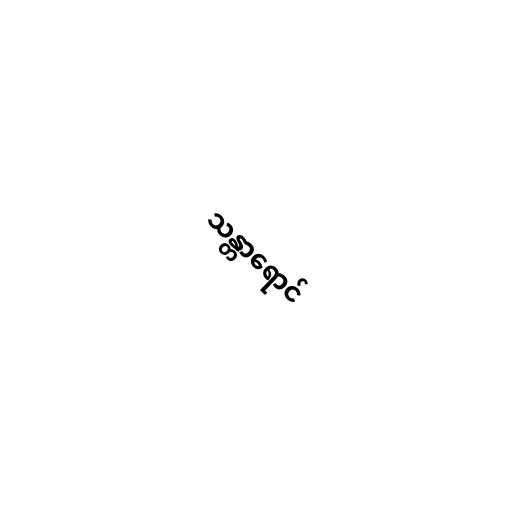
သန္တာရောင်